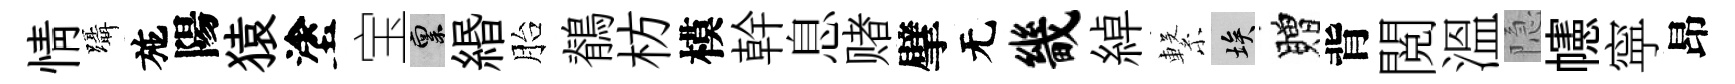
情躡施陽猿塗宝禀緡胎鶺枋模幹息赌擘无畿綽繋埃贈背閲溫隐幰寜昂